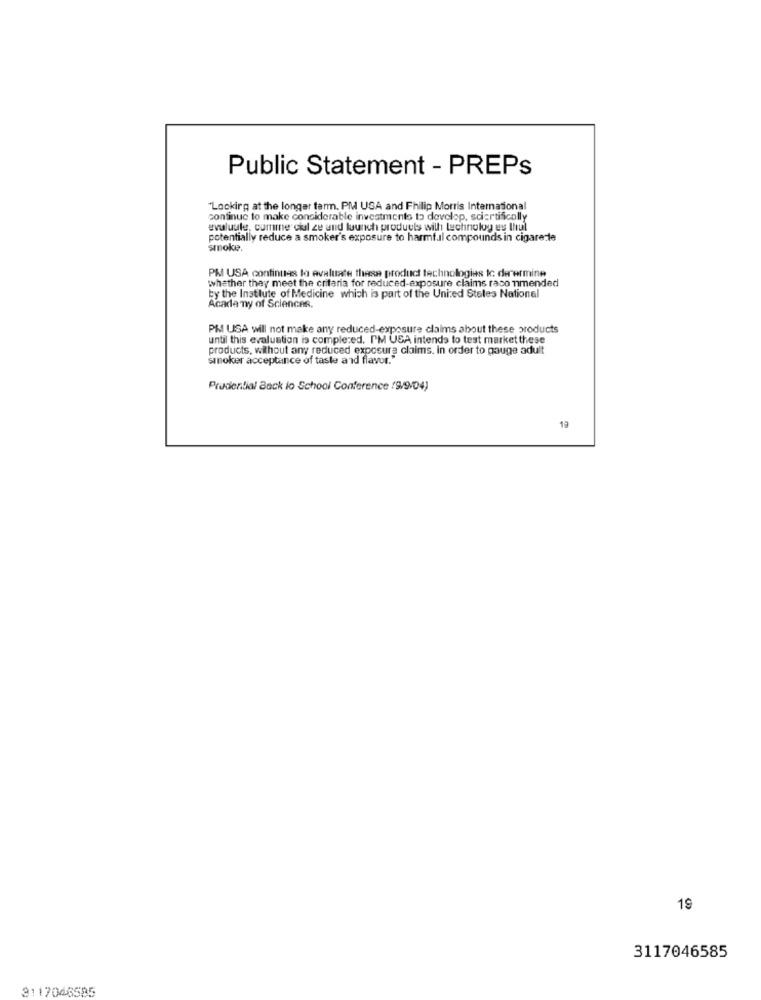
Public Statement - PREPs
"Locking at the longer term. PM USA and Philip Morris International
continue to make considerable investments to develop, scicrtificolly
evaluule, comme cial ze und launch products with technolog es thul
potentially reduce a smoker's exposure to harmful compounds in cigarette
smoke.
PM USA continues to evaluate these product technologies tc. der ermine
whether thay meet the criteria for reduced-exposure claims raco mmended
by the Institute of Medicine which is part of the United States National
Academy of Sciences.
PMI USA will not make any reduced-exposure claims about these products
until this evaluation is comple;ed. I'M USA intends to test market these
products, without any reduced exposure claims. in order to gauge adult
smoker acceptance of taste and flavor."
Prudential Back to School Conference (9/9/04)
19
19
3117046585
3117046585